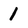
Character: 1